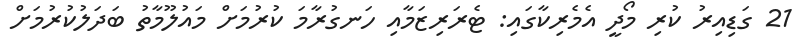
21 ގަޑިއިރު ކުރި މޯދީ އެމެރިކާގައި: ޓެރަރިޒަމާއި ހަނގުރާމަ ކުރުމަށް މައުލޫމާތު ބަދަލުކުރުމަށް